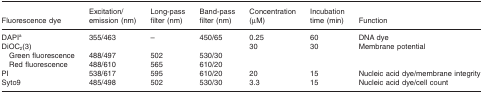
| Fluorescence dye | Excitation/emission (nm) | Long-pass filter (nm) | Band-pass filter (nm) | Concentration (μM) | Incubation time (min) | Function |
 | --- | --- | --- | --- | --- | --- | --- |
 | DAPIa | 355/463 | – | 450/65 | 0.25 | 60 | DNA dye |
 | DiOC2(3) |  |  |  | 30 | 30 | <ROWSPAN=3> Membrane potential |
 | Green fluorescence | 488/497 | 502 | 530/30 |  |  |
 | Red fluorescence | 488/610 | 565 | 610/20 |  |  |
 | PI | 538/617 | 595 | 610/20 | 20 | 15 | Nucleic acid dye/membrane integrity |
 | Syto9 | 485/498 | 502 | 530/30 | 3.3 | 15 | Nucleic acid dye/cell count |